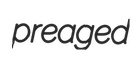
preaged